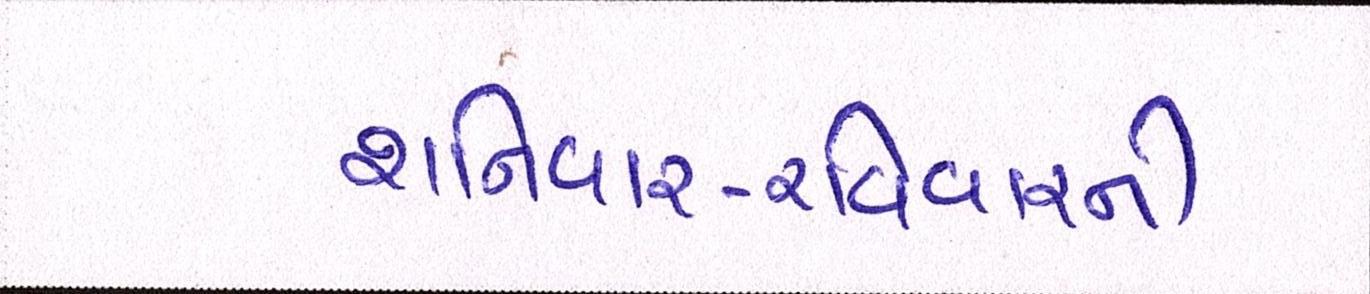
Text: શનિવાર-રવિવારની